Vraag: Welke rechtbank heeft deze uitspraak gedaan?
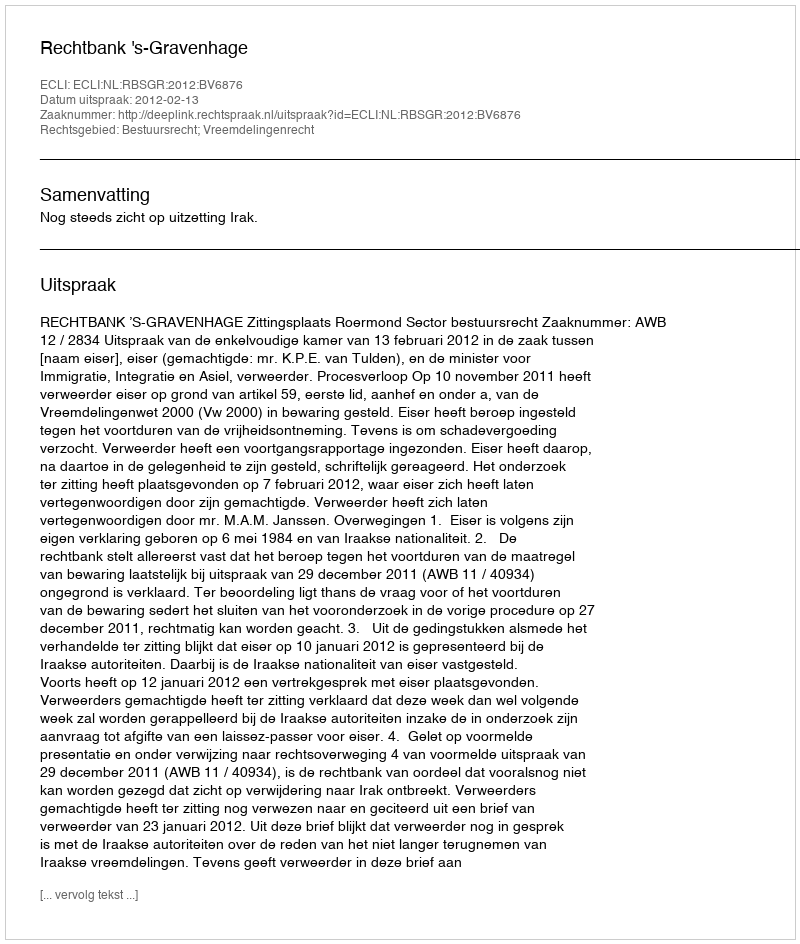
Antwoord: Rechtbank 's-Gravenhage